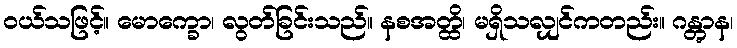
ဝယ်သဖြင့်။ မောက္ခော၊ လွတ်ခြင်းသည်။ နစအတ္ထိ၊ မရှိသလျှင်ကတည်း။ ဂန္တွာန၊